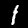
Digit: 1